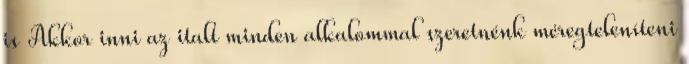
is Akkor inni az italt minden alkalommal szeretnénk méregteleníteni